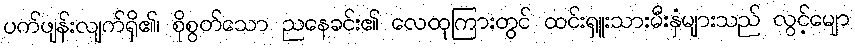
ပက်ဖျန်းလျက်ရှိ၏၊ စိုစွတ်သော ညနေခင်း၏ လေထုကြားတွင် ထင်းရှူးသားမီးနှံများသည် လွင့်မျော